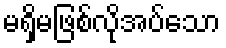
မရှိမဖြစ်လိုအပ်သော